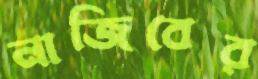
নাজিবের